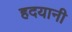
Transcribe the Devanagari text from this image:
हदयानी